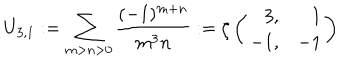
LaTeX: U _ { 3 , 1 } : = \sum _ { m > n > 0 } \frac { ( - 1 ) ^ { m + n } } { m ^ { 3 } n } : = \zeta \left( \begin{array} { r r } { { 3 , } } & { { 1 } } \\ { { - 1 , } } & { { - 1 } } \\ \end{array} \right)